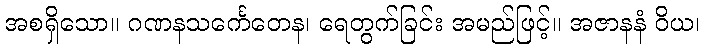
အစရှိသော။ ဂဏနသင်္ကေတေန၊ ရေတွက်ခြင်း အမည်ဖြင့်။ အဇာနနံ ဝိယ၊